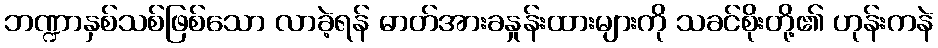
ဘဏ္ဍာနှစ်သစ်ဖြစ်သော လာခဲ့ရန် ဓာတ်အားခနှုန်းထားများကို သခင်စိုးတို့၏ ဟုန်းကနဲ